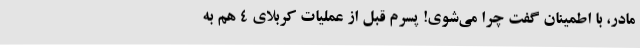
مادر، با اطمینان گفت چرا می‌شوی! پسرم قبل از عملیات کربلای 4 هم به